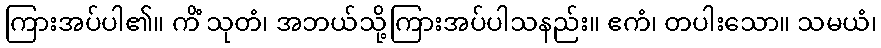
ကြားအပ်ပါ၏။ ကိံ သုတံ၊ အဘယ်သို့ကြားအပ်ပါသနည်း။ ဧကံ၊ တပါးသော။ သမယံ၊